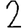
Digit: 2